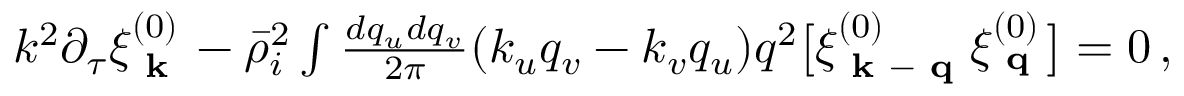
\begin{array} { r } { k ^ { 2 } \partial _ { \tau } \xi _ { \textbf { k } } ^ { ( 0 ) } - \bar { \rho } _ { i } ^ { 2 } \int \frac { d q _ { u } d q _ { v } } { 2 \pi } ( k _ { u } q _ { v } - k _ { v } q _ { u } ) q ^ { 2 } \big [ \xi _ { \textbf { k } - \textbf { q } } ^ { ( 0 ) } \xi _ { \textbf { q } } ^ { ( 0 ) } \big ] = 0 \, , } \end{array}